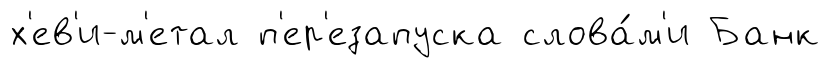
х'ев'и-м'етал п'ер'езапуска слова́м'и Банк